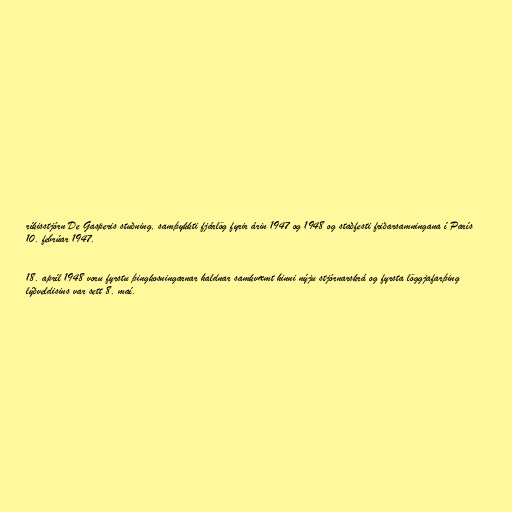
ríkisstjórn De Gasperis stuðning, samþykkti fjárlög fyrir árin 1947 og 1948 og staðfesti friðarsamningana í París
10. febrúar 1947.

18. apríl 1948 voru fyrstu þingkosningarnar haldnar samkvæmt hinni nýju stjórnarskrá og fyrsta löggjafarþing
lýðveldisins var sett 8. maí.